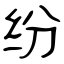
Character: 纷